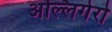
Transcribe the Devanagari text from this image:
अल्लिगेरो